Lunatic asylums Punjab 1895-1910 - 1895-1910
Year: 1895
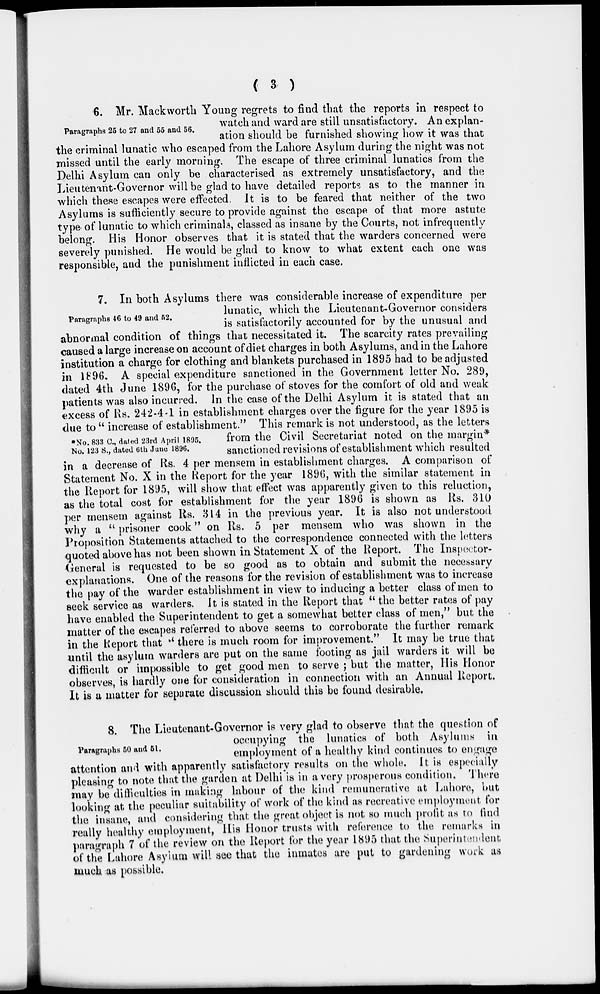
( 3 )
Paragraphs 25 to 27 and 55 and 56.
6. Mr. Mackworth Young regrets to find that the reports in respect to
watch and ward are still unsatisfactory. An explan-
ation should be furnished showing how it was that
the criminal lunatic who escaped from the Lahore Asylum during the night was not
missed until the early morning. The escape of three criminal lunatics from the
Delhi Asylum can only be characterised as extremely unsatisfactory, and the
Lieutenant-Governor will be glad to have detailed reports as to the manner in
which these escapes were effected. It is to be feared that neither of the two
Asylums is sufficiently secure to provide against the escape of that more astute
type»of lunatic to which criminals, classed as insane by the Courts, not infrequently
belong. His Honor observes that it is stated that the warders concerned were
severely punished. He would be glad to know to what extent each one was
responsible, and the punishment inflicted in each case.
Paragraphs 46 to 49 and 52.
*No. 833 C., dated 23rd April 1895.
No. 123 S., dated 6th June 1896.
7. In both Asylums there was considerable increase of expenditure per
lunatic, which the Lieutenant-Governor considers
is satisfactorily accounted for by the unusual and
abnormal condition of things that necessitated it. The scarcity rates prevailing
caused a large increase on account of diet charges in both Asylums, and in the Lahore
Institution a charge for clothing and blankets purchased in 1895 had to be adjusted
in 1896. A special expenditure sanctioned in the Government letter No. 289,
dated 4th June 1896, for the purchase of stoves for the comfort of old and weak
patients was also incurred. In the case of the Delhi Asylum it is stated that an
excess of Rs. 242-4-1 in establishment charges over the figure for the year 1895 is
due to " increase of establishment." This remark is not understood, as the letters
from the Civil Secretariat noted on the margin*
sanctioned revisions of establishment which resulted
in a decrease of Rs. 4 per mensem in establishment charges. A comparison of
Statement No. X in the Report for the year 1896, with the similar statement in
the Report for 1895, will show that effect was apparently given to this reluction,
as the total cost for establishment for the year 1896 is shown as Rs. 310
per mensem against Rs. 314 in the previous year. It is also not understood
why a " prisoner cook" on Rs. 5 per mensem who was shown in the
Proposition Statements attached to the correspondence connected with the letters
quoted above has not been shown in Statement X of the Report. The Inspector-
General is requested to be so good as to obtain and submit the necessary
explanations. One of the reasons for the revision of establishment was to increase
the pay of the warder establishment in view to inducing a better class of men to
seek service as warders. It is stated in the Report that " the better rates of pay
have enabled the Superintendent to get a somewhat better class of men," but the
matter of the escapes referred to above seems to corroborate the further remark
in the Report that " there is much room for improvement." It may be true that
until the asylum warders are put on the same footing as jail warders it will be
difficult or impossible to get good men to serve ; but the matter, His Honor
observes, is hardly one for consideration in connection with an Annual Report.
It is a matter for separate discussion should this be found desirable.
Paragraphs 50 and 51.
8. The Lieutenant-Governor is very glad to observe that the question of
occupying the lunatics of both Asylums in
employment of a healthy kind continues to engage
attention and with apparently satisfactory results on the whole. It is especially
pleasing to note that the garden at Delhi is in a very prosperous condition. There
may be difficulties in making labour of the kind remunerative at Lahore, but
looking at the peculiar suitability of work of the kind as recreative employment for
the insane, and considering that the great object is not so much profit as to find
really healthy employment, His Honor trusts with reference to the remarks in
paragraph 7 of the review on the Report for the year 1895 that the Superintendent
of the Lahore Asylum will see that the inmates are put to gardening work as
much as possible.